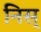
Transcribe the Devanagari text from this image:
निस्